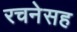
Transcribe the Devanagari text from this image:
रचनेसह